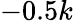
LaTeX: -0.5k